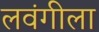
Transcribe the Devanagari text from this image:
लवंगीला